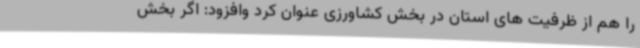
را هم از ظرفیت های استان در بخش کشاورزی عنوان کرد وافزود: اگر بخش